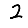
Digit: 2